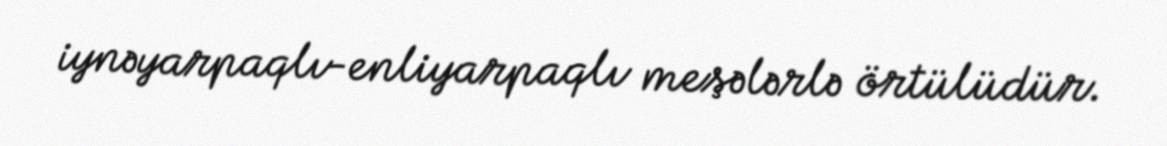
iynəyarpaqlı-enliyarpaqlı meşələrlə örtülüdür.